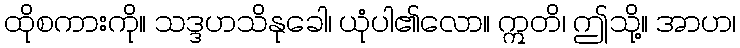
ထိုစကားကို။ သဒ္ဒဟသိနုခေါ၊ ယုံပါ၏လော။ ဣတိ၊ ဤသို့။ အာဟ၊